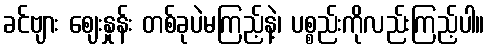
ခင်ဗျား ဈေးနှုန်း တစ်ခုပဲမကြည့်နဲ့၊ ပစ္စည်းကိုလည်းကြည့်ပါ။